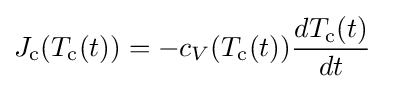
{J}_{\text{c}}(T_{\text{c}}(t))=-c_{V}(T_{\text{c}}(t)){\frac {dT_{\text{c}}(t)}{dt}}~~